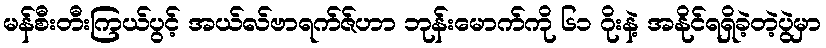
မန်စီးတီးကြယ်ပွင့် အယ်လ်ဗာရက်ဇ်ဟာ ဘုန်းမောက်ကို ၆၁ ဂိုးနဲ့ အနိုင်ရရှိခဲ့တဲ့ပွဲမှာ